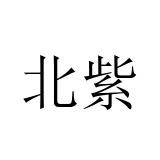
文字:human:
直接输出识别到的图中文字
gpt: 北紫